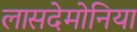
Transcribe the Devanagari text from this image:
लासदेमोनिया